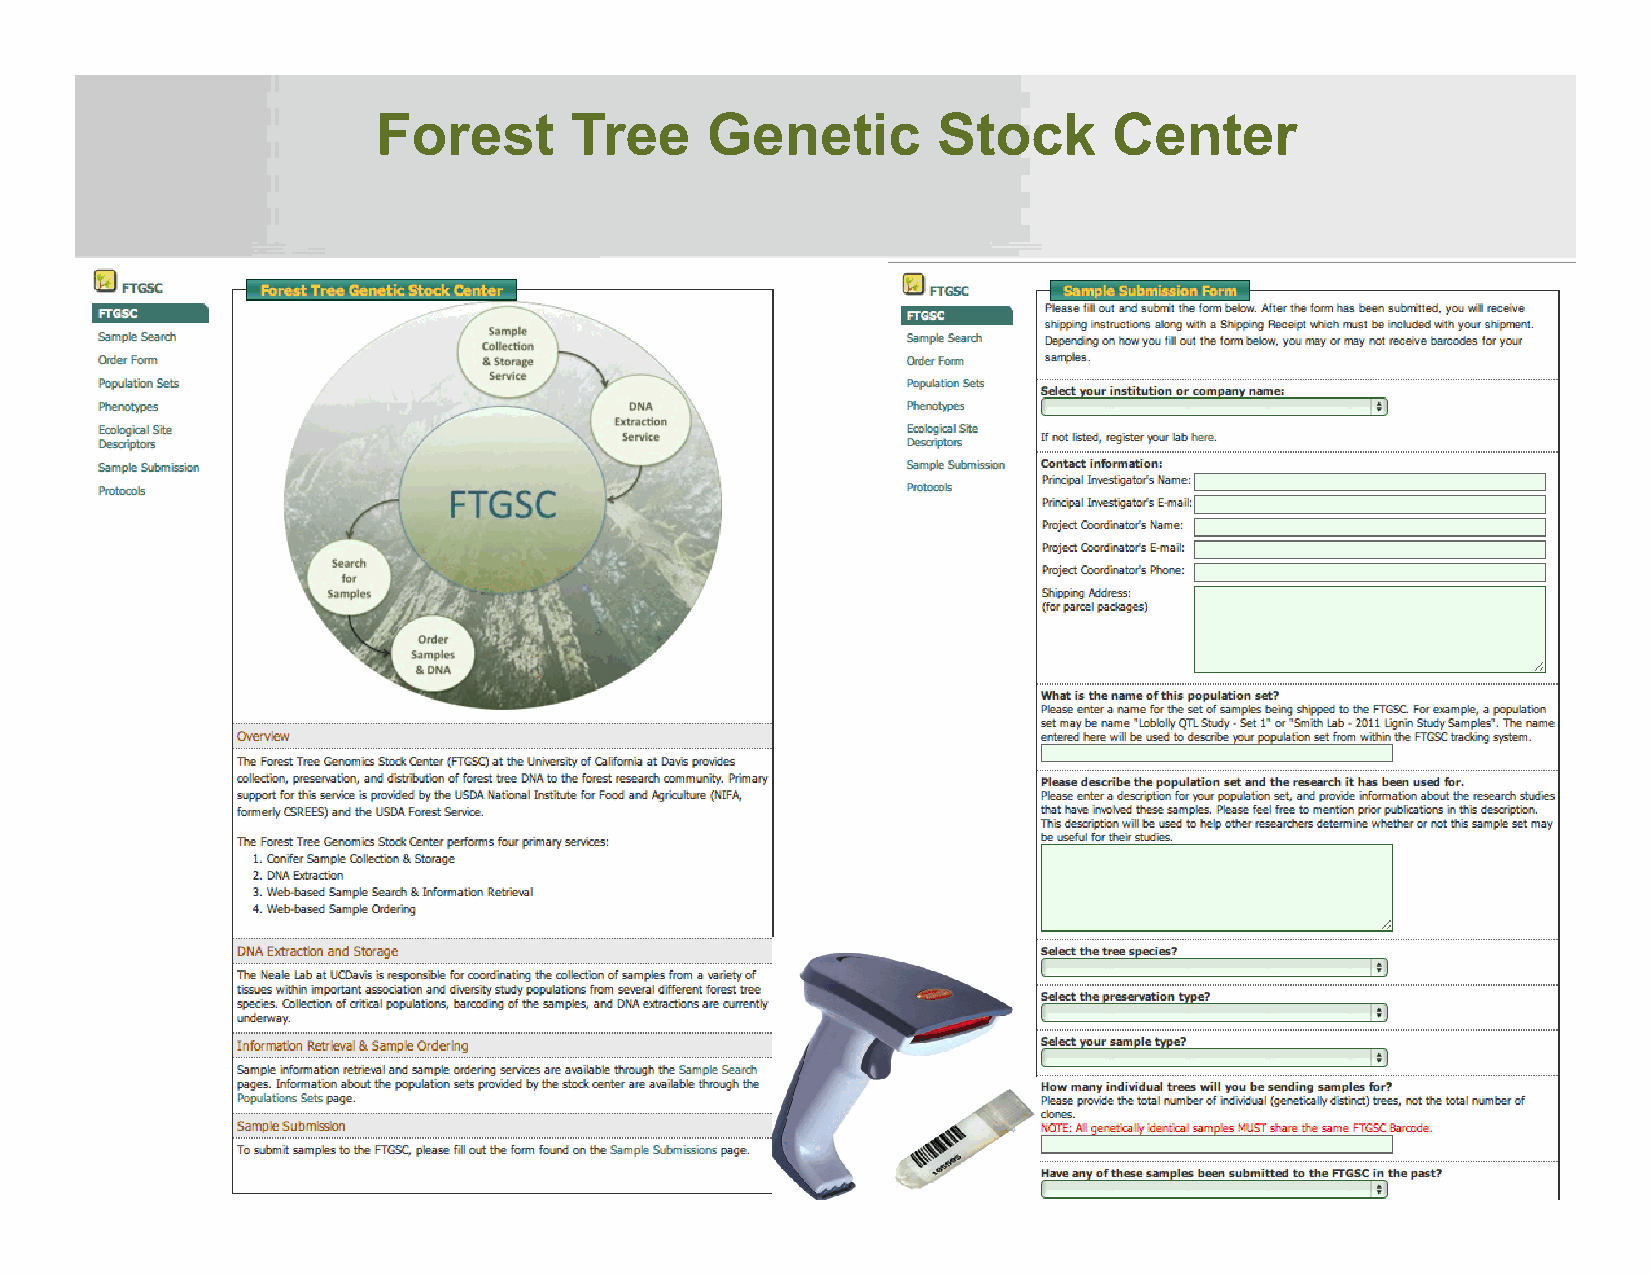
Forest       Tree     Genetic        Stock       Center
 h"p://dendrome.ucdavis.edu/iplant/